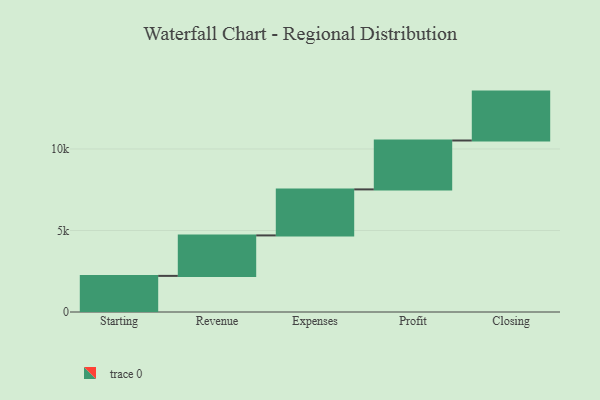
{"axis": {"x": "Step", "y": "Value"}, "legend": [""], "data": [{"x": "Starting", "y": 2216.0, "type": ""}, {"x": "Revenue", "y": 2483.0, "type": ""}, {"x": "Expenses", "y": 2823.0, "type": ""}, {"x": "Profit", "y": 3000, "type": ""}, {"x": "Closing", "y": 3000, "type": ""}]}